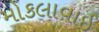
મોકલાવાઈ